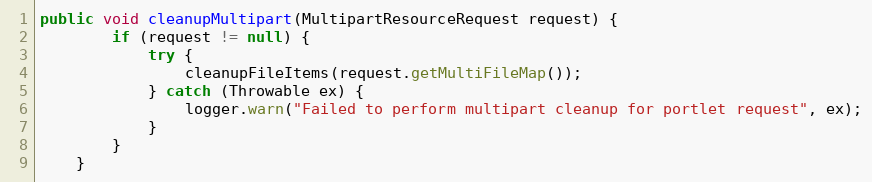
Language: Java
public void cleanupMultipart(MultipartResourceRequest request) {
        if (request != null) {
            try {
                cleanupFileItems(request.getMultiFileMap());
            } catch (Throwable ex) {
                logger.warn("Failed to perform multipart cleanup for portlet request", ex);
            }
        }
    }